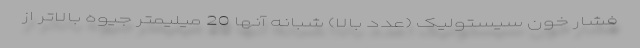
فشار خون سیستولیک (عدد بالا) شبانه آنها 20 میلیمتر جیوه بالاتر از